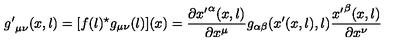
{ g ^ { \prime } } _ { \mu \nu } ( x , l ) = [ f ( l ) ^ { \star } g _ { \mu \nu } ( l ) ] ( x ) = \frac { \partial { x ^ { \prime } } ^ { \alpha } ( x , l ) } { \partial x ^ { \mu } } g _ { \alpha \beta } ( x ^ { \prime } ( x , l ) , l ) \frac { { x ^ { \prime } } ^ { \beta } ( x , l ) } { \partial x ^ { \nu } }